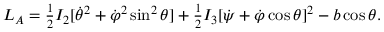
\begin{array} { r } { L _ { A } = \frac 1 2 I _ { 2 } [ \dot { \theta } ^ { 2 } + \dot { \varphi } ^ { 2 } \sin ^ { 2 } \theta ] + \frac 1 2 I _ { 3 } [ \dot { \psi } + \dot { \varphi } \cos \theta ] ^ { 2 } - b \cos \theta . } \end{array}